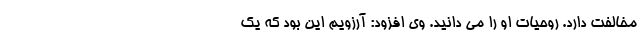
مخالفت دارد. روحیات او را می دانید. وی افزود: آرزویم این بود که یک